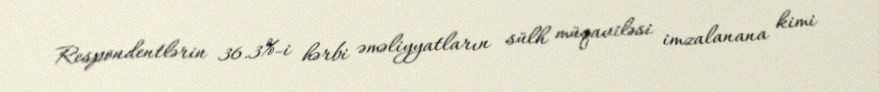
Respondentlərin 36.3%-i hərbi əməliyyatların sülh müqaviləsi imzalanana kimi